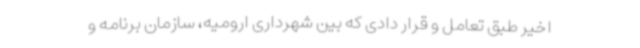
اخیر طبق تعامل و قرار دادی که بین شهرداری ارومیه، سازمان برنامه و